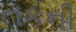
તકની